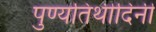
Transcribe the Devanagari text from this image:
पुण्यतिथीदिनी